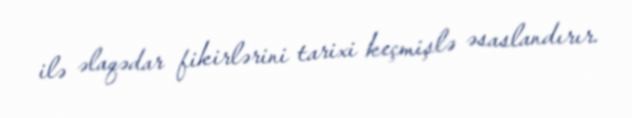
ilə əlaqədar fikirlərini tarixi keçmişlə əsaslandırır.